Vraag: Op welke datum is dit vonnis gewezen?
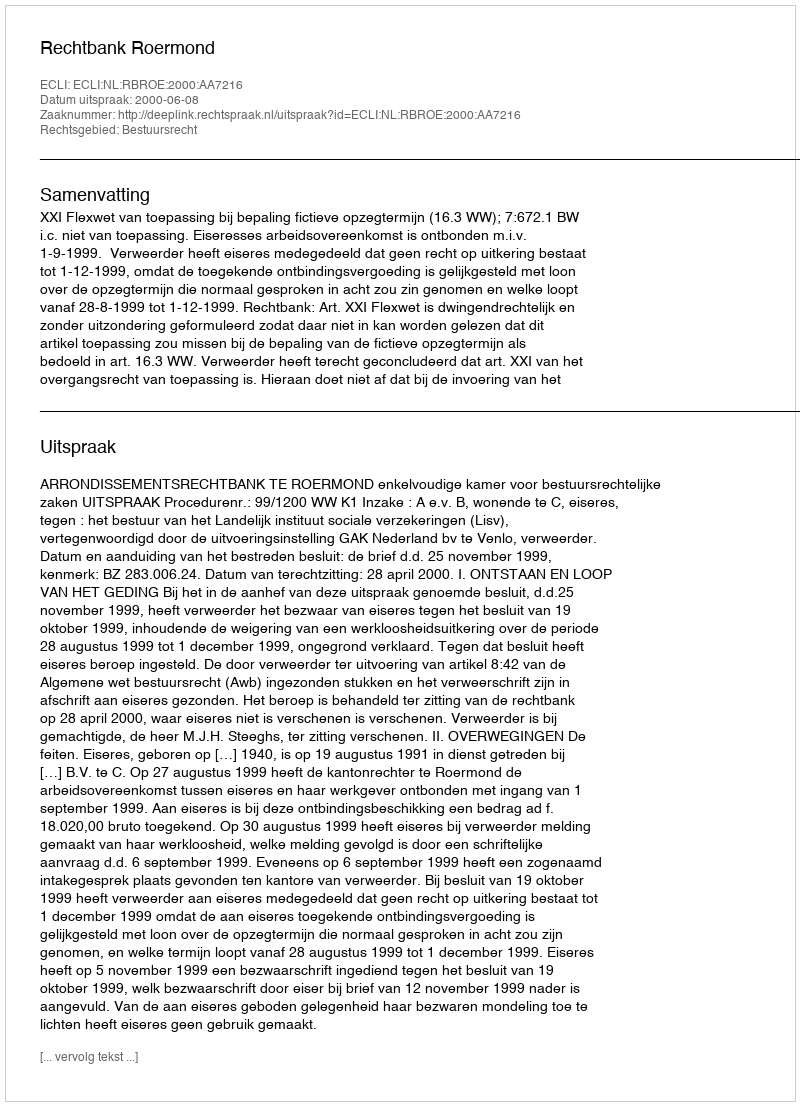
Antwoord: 2000-06-08